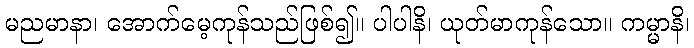
မညမာနာ၊ အောက်မေ့ကုန်သည်ဖြစ်၍။ ပါပါနိ၊ ယုတ်မာကုန်သော။ ကမ္မာနိ၊